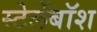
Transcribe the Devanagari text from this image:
स्टेलेंबॉश